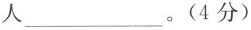
人___。(4分)